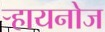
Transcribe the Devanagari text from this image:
ऱ्हायनोज